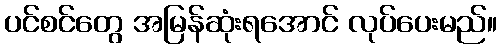
ပင်စင်တွေ အမြန်ဆုံးရအောင် လုပ်ပေးမည်။